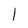
Character: 1